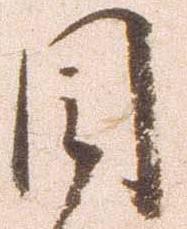
目